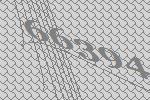
66394